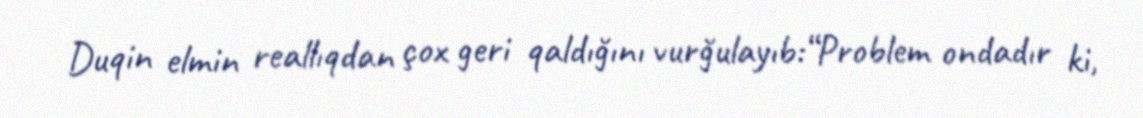
Duqin elmin reallıqdan çox geri qaldığını vurğulayıb:“Problem ondadır ki,